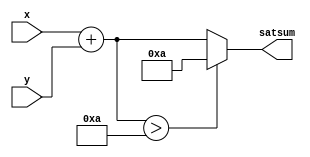
// This program was cloned from: https://github.com/davidthings/spokefpga
// License: Apache License 2.0

module add_sat( x, y, satsum );
  parameter limit = 8'H0A;
  input [3:0] x;
  input [3:0] y;
  output reg [4:0] satsum;
  always @(*) begin
    if ( x + y > limit)
      satsum = limit;
    else
      satsum = x + y;
    end
endmodule